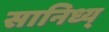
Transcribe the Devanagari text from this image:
सानिध्य्